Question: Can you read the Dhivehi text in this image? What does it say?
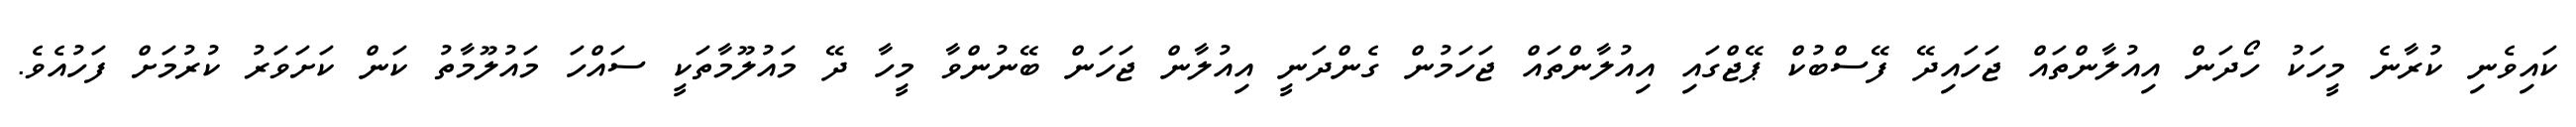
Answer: ކައިވެނި ކުރާނެ މީހަކު ހޯދަން އިއުލާންތައް ޖަހައިދޭ ފޭސްބުކް ޕޭޖްގައި އިއުލާންތައް ޖަހަމުން ގެންދަނީ އިއުލާން ޖަހަން ބޭނުންވާ މީހާ ދޭ މައުލޫމާތަކީ ސައްހަ މައުލޫމާތު ކަން ކަށަވަރު ކުރުމަށް ފަހުއެވެ.